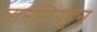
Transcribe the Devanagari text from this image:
नानजिंगहून